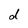
Character: d